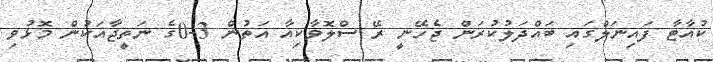
ކުއާޓާ ފައިނަލްގައި ބަައްދަލުކުރަން ޖެހޭނީ ރޭ ސްލޮވާކިއާ އަތުން 3-0ގެ ނަތީޖާއަކުން މޮޅުވި